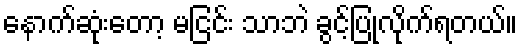
နောက်ဆုံးတော့ မငြင်း သာဘဲ ခွင့်ပြုလိုက်ရတယ်။